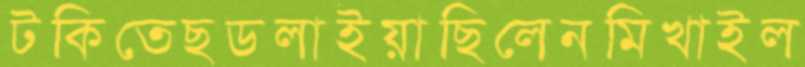
টকিতেছডলাইয়াছিলেনমিখাইল